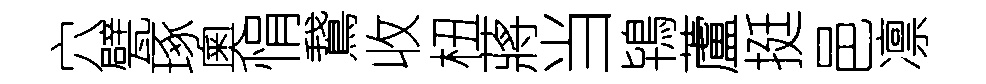
穴甓琢奧悁鵞收杻蔣当鴇蘆挺邑凛